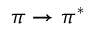
\pi \rightarrow \pi ^ { * }